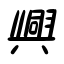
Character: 興